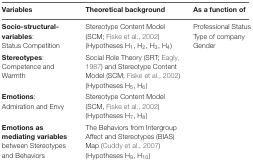
<table><thead><tr><td><b>Variables</b></td><td><b>Theoretical background</b></td><td><b>As a function of</b></td></tr></thead><tbody><tr><td><b>Socio-structural- variables</b>: Status Competition</td><td>Stereotype Content Model (SCM; Fiske et al., 2002) (Hypotheses H<sub>1</sub>, H<sub>2</sub>, H<sub>3</sub>, H<sub>4</sub>)</td><td>Professional Status Type of company Gender</td></tr><tr><td><b>Stereotypes</b>: Competence and Warmth</td><td>Social Role Theory (SRT; Eagly, 1987) and Stereotype Content Model (SCM; Fiske et al., 2002) (Hypotheses H<sub>5</sub>, H<sub>6</sub>)</td><td></td></tr><tr><td><b>Emotions</b>: Admiration and Envy</td><td>Stereotype Content Model (SCM, Fiske et al., 2002) (Hypotheses H<sub>7</sub>, H<sub>8</sub>)</td><td></td></tr><tr><td><b>Emotions as mediating variables</b> between Stereotypes and Behaviors</td><td>The Behaviors from Intergroup Affect and Stereotypes (BIAS) Map (Cuddy et al., 2007) (Hypotheses H<sub>9</sub>, H<sub>10</sub>)</td><td></td></tr></tbody></table>